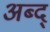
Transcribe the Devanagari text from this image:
अब्द्